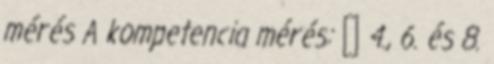
mérés A kompetencia mérés:  4., 6. és 8.